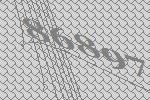
86897